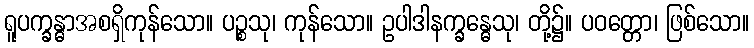
ရူပက္ခန္ဓာအစရှိကုန်သော။ ပဉ္စသု၊ ကုန်သော။ ဥပါဒါနက္ခန္ဓေသု၊ တို့၌။ ပဝတ္တော၊ ဖြစ်သော။